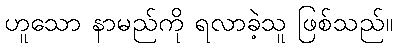
ဟူသော နာမည်ကို ရလာခဲ့သူ ဖြစ်သည်။